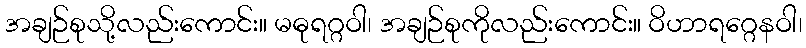
အချဉ်စုသို့လည်းကောင်း။ မဓုရဂ္ဂဝါ၊ အချဉ်စုကိုလည်းကောင်း။ ဝိဟာရဂ္ဂေနဝါ၊